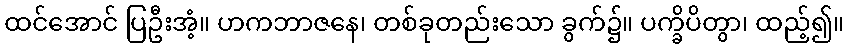
ထင်အောင် ပြဦးအံ့။ ဟကဘာဇနေ၊ တစ်ခုတည်းသော ခွက်၌။ ပက္ခိပိတွာ၊ ထည့်၍။